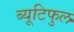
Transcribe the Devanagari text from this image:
ब्यूटिफुल